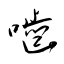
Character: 噛